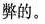
弊的。